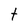
Character: t